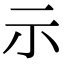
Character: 示